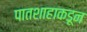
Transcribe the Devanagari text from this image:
पातशाहाकडून